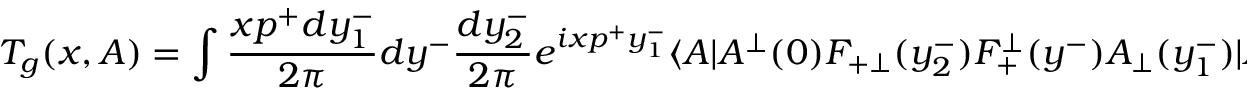
T _ { g } ( x , A ) = \int \frac { x p ^ { + } d y _ { 1 } ^ { - } } { 2 \pi } d y ^ { - } \frac { d y _ { 2 } ^ { - } } { 2 \pi } e ^ { i x p ^ { + } y _ { 1 } ^ { - } } \langle A | A ^ { \bot } ( 0 ) F _ { + \bot } ( y _ { 2 } ^ { - } ) F _ { + } ^ { \bot } ( y ^ { - } ) A _ { \bot } ( y _ { 1 } ^ { - } ) | A \rangle \theta ( y ^ { - } - y _ { 1 } ^ { - } ) \theta ( y _ { 2 } ^ { - } ) ,